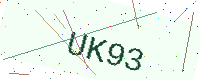
Text: UK93